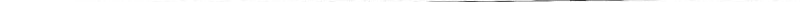
___